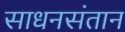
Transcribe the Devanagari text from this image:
साधनसंतान